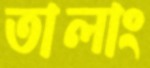
তালাং